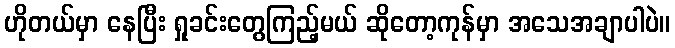
ဟိုတယ်မှာ နေပြီး ရှုခင်းတွေကြည့်မယ် ဆိုတော့ကုန်မှာ အသေအချာပါပဲ။